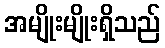
အမျိုးမျိုးရှိသည်